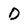
Character: D